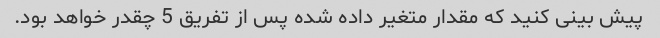
پیش بینی کنید که مقدار متغیر داده شده پس از تفریق 5 چقدر خواهد بود.